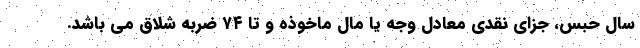
سال حبس، جزای نقدی معادل وجه یا مال ماخوذه و تا ۷۴ ضربه شلاق می باشد.